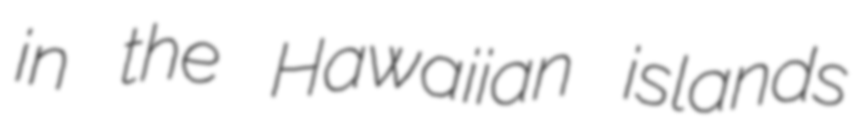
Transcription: in the Hawaiian islands